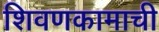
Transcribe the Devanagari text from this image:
शिवणकामाची